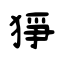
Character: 猙